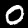
Label: 0